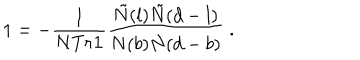
1 = - \frac { 1 } { N T r { \bf 1 } } \frac { \tilde { N } ( l ) \tilde { N } ( d - l ) } { N ( b ) N ( d - b ) } \; .